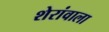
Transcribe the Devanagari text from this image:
शेरांवाला